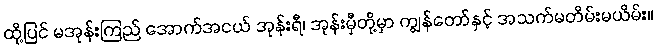
ထို့ပြင် မအုန်းကြည် အောက်အငယ် အုန်းရီ၊ အုန်းမှီတို့မှာ ကျွန်တော်နှင့် အသက်မတိမ်းမယိမ်း။